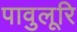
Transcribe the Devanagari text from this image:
पावुलूरि